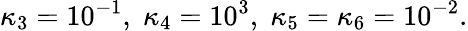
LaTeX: \kappa_{3}=10^{-1},\; \kappa_{4}=10^{3},\; \kappa_{5}=\kappa_{6}=10^{-2}.